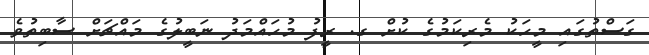
ގަސްތުގައި މީހަކު މެރިކަމުގެ ކުށް ގ. ރީފު މުހައްމަދު ނަބީލުގެ މައްޗަށް ސާބިތުވެ